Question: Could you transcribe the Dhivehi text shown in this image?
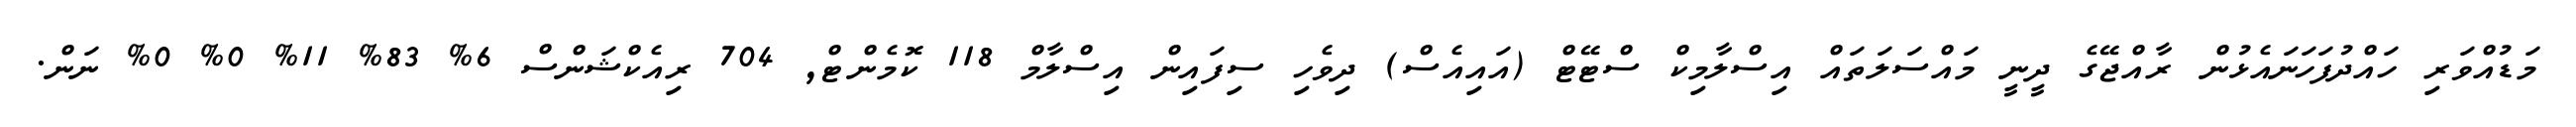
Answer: މަޑުއްވަރި ހައްދުފަހަނައެޅުން ރާއްޖޭގެ ދީނީ މައްސަލަތައް އިސްލާމިކް ސްޓޭޓް (އައިއެސް) ދިވެހި ސިފައިން އިސްލާމް 118 ކޮމެންޓް, 704 ރިއެކްޝަންސް 6% 83% 11% 0% 0% ނަން.